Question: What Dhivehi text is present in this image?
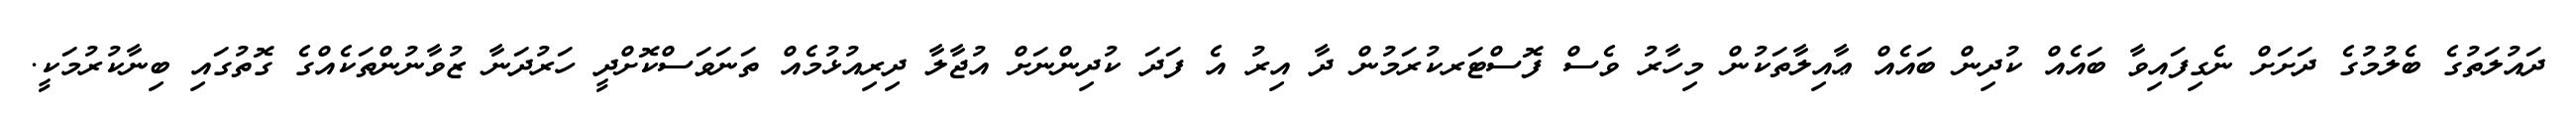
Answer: ދައުލަތުގެ ބެލުމުގެ ދަށަށް ނެގިފައިވާ ބައެއް ކުދިން ބައެއް ޢާއިލާތަކުން މިހާރު ވެސް ފޮސްޓަރކުރަމުން ދާ އިރު އެ ފަދަ ކުދިންނަށް އުޖާލާ ދިރިއުޅުމެއް ތަނަވަސްކޮށްދީ ހަރުދަނާ ޒުވާނުންތަކެއްގެ ގޮތުގައި ބިނާކުރުމަކީ.